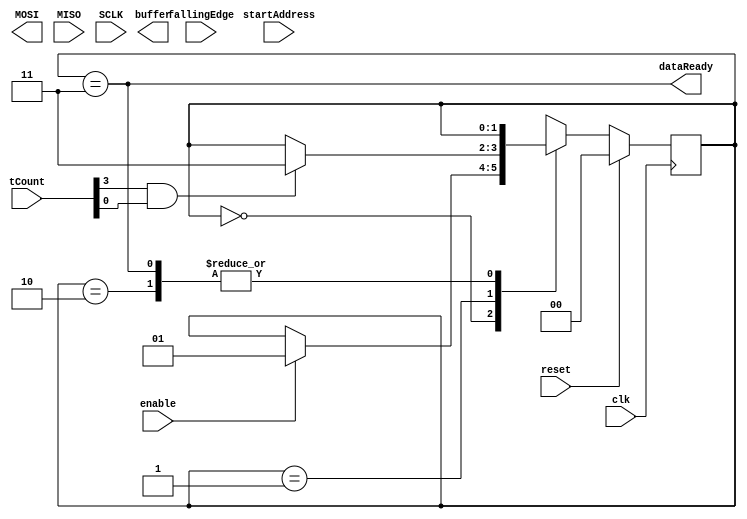
module SPIRegRead(	input clk,
							input reset,
							input enable,
							input [5:0] startAddress,
							output [55:0] buffer,
							input [4:0] tCount,
							input fallingEdge,
							output dataReady,
							
							output MOSI,
							input MISO,
							input SCLK
							);
							
	localparam IDLE = 2'd0, TX = 2'd1, READ = 2'd2, FINISHED = 2'd3;
	reg [1:0] state, stateNext;
	reg [7:0] data, dataNext;
	
	always @(posedge clk) begin
		data <= reset ? 6'd0 : dataNext;
		state <= reset ? 2'd0 : stateNext;
	end
	
	always @(*) begin
		stateNext = state;
		case(state)
			IDLE: begin
				if(enable) stateNext = TX;
			end
			TX: begin
				if(tCount[3] & tCount[0]) stateNext = FINISHED;
			end
			READ: begin
				
			end
			FINISHED: begin
			end
		endcase
	end
	
	always @(*) begin
			dataNext = tCount == 5'd0 ? {2'b11, startAddress} : 
							fallingEdge ? data << 1 : 
												data;
		end
	
	assign dataReady = state == FINISHED;

endmodule